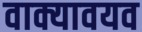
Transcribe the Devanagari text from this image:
वाक्यावयव